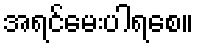
အရင်မေးပါရစေ။